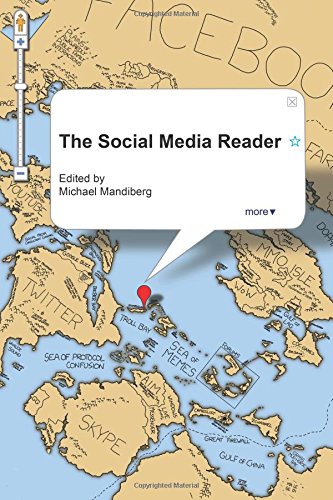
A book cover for The Social Media Reader; Law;